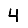
Digit: 4